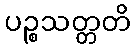
ပဉ္စသတ္တတိ